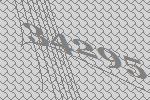
34295